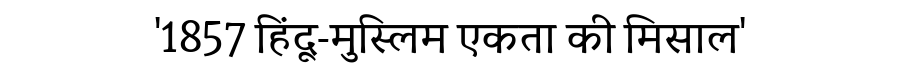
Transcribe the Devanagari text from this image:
'1857 हिंदू-मुस्लिम एकता की मिसाल'